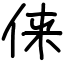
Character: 俫